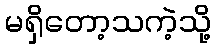
မရှိတော့သကဲ့သို့